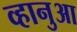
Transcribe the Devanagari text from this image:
व्हानुआ